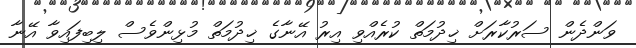
ވަންދެން ސަރުކާރަށް ޚިދުމަތް ކުރެއްވި އިރު އޭނާގެ ޚިދުމަތް މުޅިންވެސް ލިބިފައިވާ އޭނާ